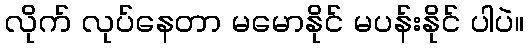
လိုက် လုပ်နေတာ မမောနိုင် မပန်းနိုင် ပါပဲ။